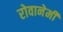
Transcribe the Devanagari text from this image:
रोवानेमी